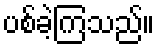
ပစ်ခဲ့ကြသည်။